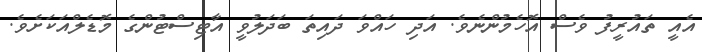
އެއީ ތައުރީފު ވެސް އޮހެމުންނެވެ. އަދި ހައްވަ ދައިތަ ބަދަލުވީ އާޓިސްޓުންގެ މޮޑެލްއަކަށެވެ.